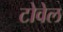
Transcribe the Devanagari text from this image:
टोवेल